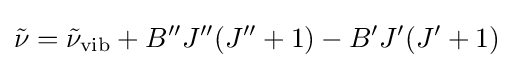
{\tilde {\nu }}={\tilde {\nu }}_{\text{vib}}+B''J''(J''+1)-B'J'(J'+1)